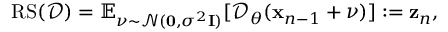
\begin{array} { r } { \mathrm { R S } ( \mathcal D ) = \mathbb { E } _ { \boldsymbol \nu \sim \mathcal { N } ( \mathbf 0 , \sigma ^ { 2 } \mathbf I ) } [ \mathcal D _ { \boldsymbol { \theta } } ( \mathbf x _ { n - 1 } + \boldsymbol \nu ) ] \mathrel { \mathop : } = \mathbf { z } _ { n } , } \end{array}